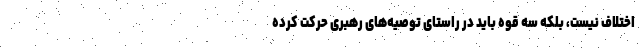
اختلاف نیست، بلکه سه قوه باید در راستای توصیه‌های رهبری حرکت کرده